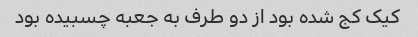
کیک کج شده بود از دو طرف به جعبه چسبیده بود